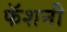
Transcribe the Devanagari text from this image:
फॅशनी